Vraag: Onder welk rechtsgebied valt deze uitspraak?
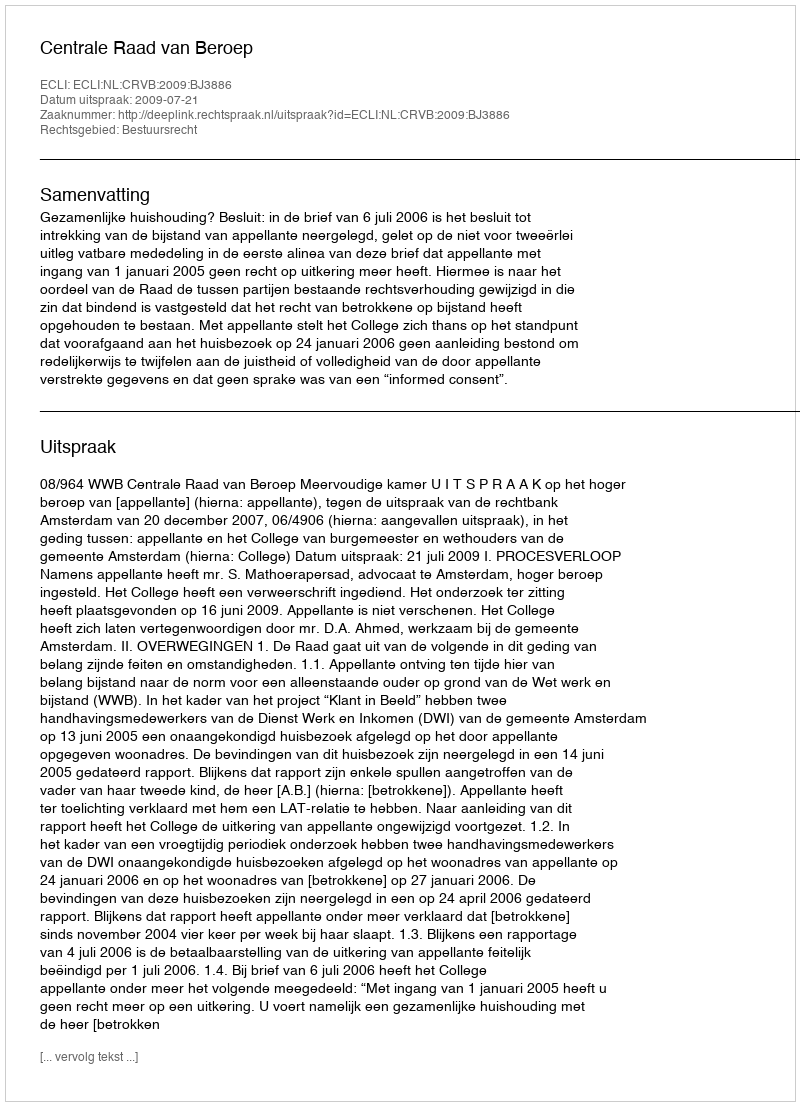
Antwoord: Bestuursrecht